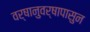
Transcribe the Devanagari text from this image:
वर्षानुवर्षापासुन